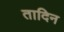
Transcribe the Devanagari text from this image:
तादिन